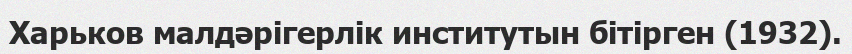
Харьков малдәрігерлік институтын бітірген (1932).